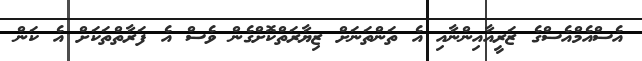
އެސްއެމްއެސްގެ ޒަރީއާއިންނާއި އެ ތަންތަނަށް ޒިޔާރަތްކޮށްގެން ވެސް އެ ފަރާތްތަކަށް އެ ކަން